Report of the King Institute of Preventive Medicine, Guindy
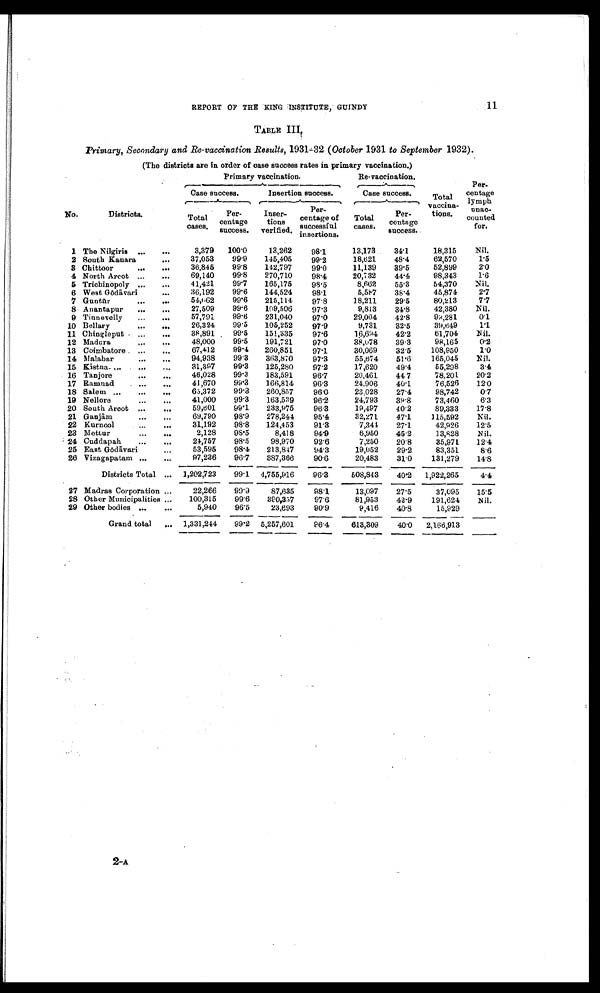
REPORT OF THE KING INSTITUTE, GUINDY
11
TABLE III,
Primary, Secondary and Re - vaccination Results, 1931-32 ( October 1931 to September 1932).
(The districts are in order of case success rates in primary vaccination.)
No.
Districts.
Total
cases.
Per
¬ c e n t a g e
success.
Inser
¬tions
verified.
Per¬
centage of
successful
insertions.
Total
cases.
Per¬
centage
success.
1 The Nilgiris
3,379
100·0
13,262
98·1
13,173
3 4 · 1
18,315
Nil.
2 South Kanara
37,053
99·9
145,405
99·2
18,621
48·4
62,570
1·5
3 Chittoor
36,845
99·8
142,797
99·0
11,139
39·5
52,899
2·0
4 North Arcot
69,140
99·8
270,710
98·4
20,732
44·4
98,343
1·6
5 Trichinopoly
41,421
99·7
165,175
98·5
8,662
55·3
54,370
Nil.
6 West Gōdāvari
36,192
99·6
144,524
98·1
5,587
38·4
45,874
2·7
7 Guntūr
54,662
99·6
215,114
97·8
18,211
29·5
80,213
7 · 7
8 Anantapur
27,509
99·6
109,506
97·3
9,813
34·8
42,380
Nil.
9 Tinnevelly
57,791
99·6
231,040
97·0
29,004
42·8
98,281
0·1
10 Bellary
26,324
99·5
105,252
97·9
9,731
32·5
39,649
1·1
11 Chingleput
38,891
99·5
151,335
97·6
16,694
42·2
61,704
Nil.
12 Madura
48,000
99·5
191,721
97·0
38,078
39·3
98,165
0·2
13 Coimbatore
67,412
99·4
260,851
9 7 · 1
30,069
32·5
108,950
1·0
14 Malabar
94,938
99·3
363,870
97·3
55,674
51·6
165,045
Nil.
15 Kistna
31,397
99·3
125,280
97·2
17,620
49·4
55,298
3·4
16 Tanjore
46,028
99·3
183,591
96·7
20,461
44·7
78,201
20·2
17 Ramnad
41,670
99·3
166,814
96·3
24,906
40·1
76,526
12·0
18 Salem
65,372
99·3
260,857
96·0
23,028
27·4
98,742
0 · 7
19 Nellore
41,000
99·3
163,539
96·2
24,793
39·8
73,460
6·3
20 South Arcot
59,601
99·1
233,975
96·3
19,497
40·2
89,333
17·8
21 Ganjām
69,790
98·9
278,244
95·4
32,271
47·1
115,592
Nil.
22 Kurnool
31,192
98·8
124,453
91·3
7,344
27·1
42,926
12·5
23 Mettur
2,128
98·5
8,418
94·9
6,950
45·2
13,828
Nil.
24 Cuddapah
24,757
98·5
98,970
92·6
7,250
20·8
35,971
12·4
25 East Gōdāvari
53,595
98·4
213,847
94·3
19,052
29·2
83,351
8·6
26 Vizagapatam
97,236
96·7
387,366
90·6
20,483
31·0
131,279
14·8
1,202,723
99·1
4,755,916
96·3
508,843
40·2
1,922,265
4 · 4
27 Madras Corporation
22,266
99·9
87,635
98·1
13,097
27·5
37,095
15·5
28 Other Municipalities
100,315
99·6
390,357
97·6
81,953
42·9
191,624
Nil.
29 Other bodies
5,940
96·5
23,693
90·9
9,416
40·8
15,929